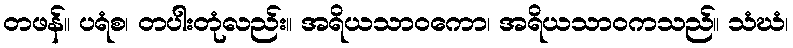
တဖန်။ ပရံစ၊ တပါးတုံလည်း။ အရိယသာဝကော၊ အရိယသာဝကသည်။ သံဃံ၊